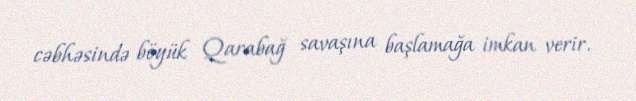
cəbhəsində böyük Qarabağ savaşına başlamağa imkan verir.